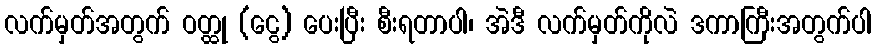
လက်မှတ်အတွက် ဝတ္ထု (ငွေ) ပေးပြီး စီးရတာပါ၊ အဲဒီ လက်မှတ်ကိုလဲ ဒကာကြီးအတွက်ပါ